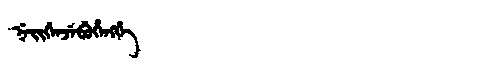
Manchu: ᠨᡝᡳᡤᡝᠨᠵᡝᠪᡠᡥᡝᠩᡤᡝ
Romanization: NEIGENJEBUHENGGE